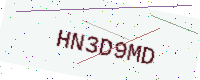
Text: HN3D9MD